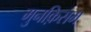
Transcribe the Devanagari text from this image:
मुनक़िसम